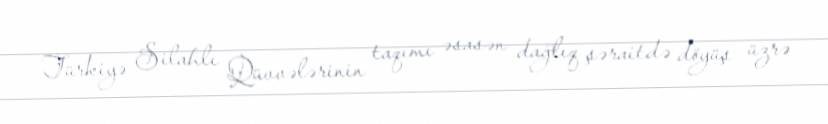
Türkiyə Silahlı Qüvvələrinin taqımı əsasən dağlıq şəraitdə döyüş üzrə